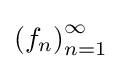
\left(f_{n}\right)_{n=1}^{\infty }